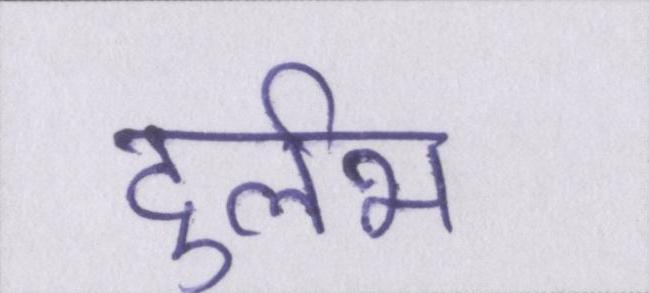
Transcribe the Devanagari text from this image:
दुर्लभ